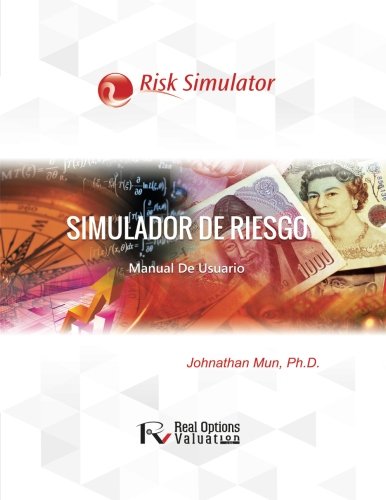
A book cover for Simulador de Riesgo: Manual de Usuario (Spanish Edition); Dr. Johnathan Mun; Business & Money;